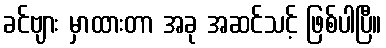
ခင်ဗျား မှာထားတာ အခု အဆင်သင့် ဖြစ်ပါပြီ။